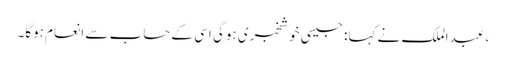
، عبدالملک نے کہا: جیسی خوشخبری ہوگی اسی کے حساب سے انعام ہوگا۔